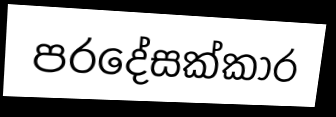
පරදේසක්කාර